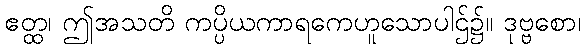
ဧတ္ထ၊ ဤအသတိ ကပ္ပိယကာရကေဟူသောပါဌ်၌။ ဒုဗ္ဗစော၊